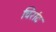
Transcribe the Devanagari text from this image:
चिरांद